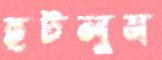
হটলুম